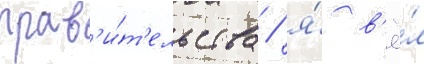
прав'и́т'ельства / я́ в'ё́л